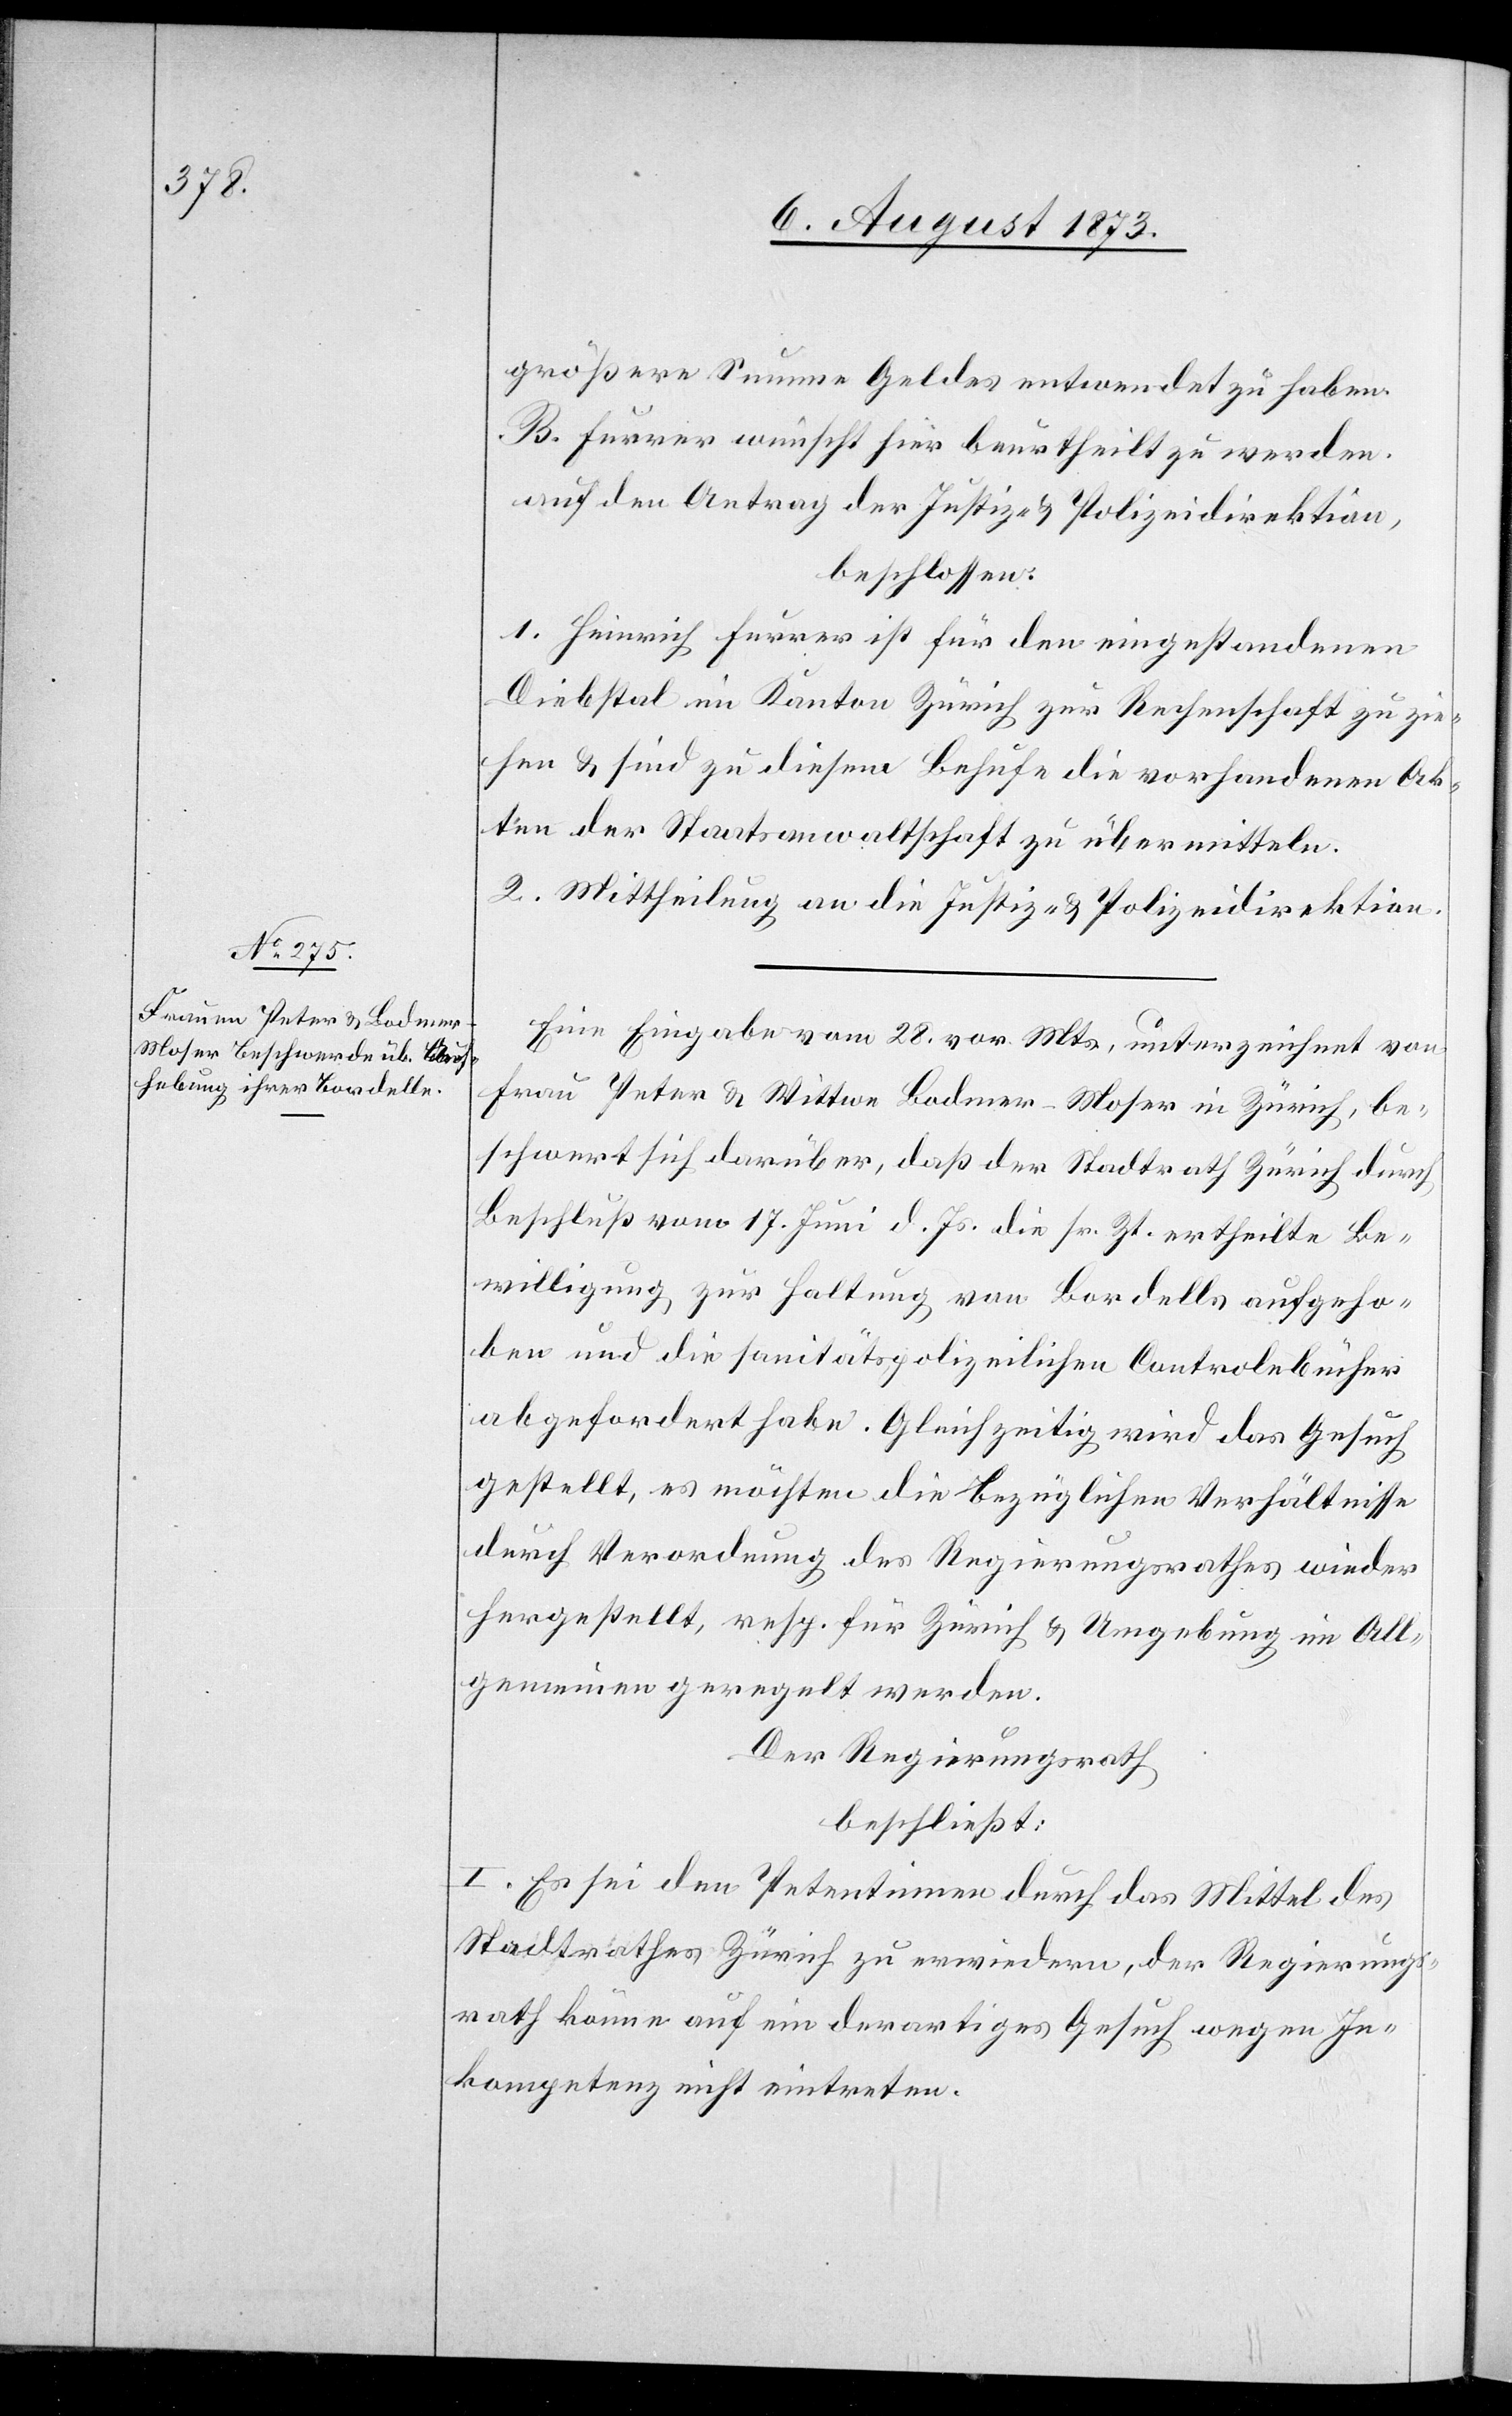
größere Summe Geldes entwendet zu haben.
B. Furrer wünscht hier beurtheilt zu werden.
auf den Antrag der Justiz- & Polizeidirektion,
beschlossen:
1. Heinrich Furrer ist für den eingestandenen
Diebstal im Kanton Zürich zur Rechenschaft zu zie¬
hen & sind zu diesem Behufe die vorhandenen Ak¬
ten der Staatsanwaltschaft zu übermitteln.
2. Mittheilung an die Justiz- & Polizeidirektion.
Eine Eingabe vom 28. vor. Mts., unterzeichnet von
Frau Peter & Wittwe Bodmer-Moser in Zürich, be¬
schwert sich darüber, daß der Stadtrath Zürich durch
Beschluß vom 17. Juni d. Js. die sr. Zt. ertheilte Be¬
willigung zur Haltung von Bordells aufgeho¬
ben und die sanitätspolizeilichen Controlebücher
abgefordert habe. Gleichzeitig wird das Gesuch
gestellt, es möchten die bezüglichen Verhältnisse
durch Verordnung des Regierungsrathes wieder
hergestellt, resp. für Zürich & Umgebung im All¬
gemeinen geregelt werden.
Der Regierungsrath
beschließt:
I. Es sei den Petentinnen durch das Mittel des
Stadtrathes Zürich zu erwiedern, der Regierungs¬
rath könne auf ein derartiges Gesuch wegen In¬
kompetenz nicht eintreten.